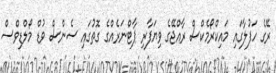
ރޭގެ ހަފުލާގައި މައިކްރޯމެކްސް ރާއްޖޭގެ ވިޔަފާރި ޕާޓްނަރެއްގެ ގޮތުގައި ސެންސް ވުޑް މޯލްޑިވްސް